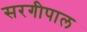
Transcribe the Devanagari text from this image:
सरगीपाल